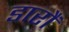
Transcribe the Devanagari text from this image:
डारौं